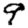
Digit: 9